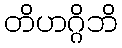
တိဟဂ္ဂိဘိ